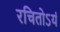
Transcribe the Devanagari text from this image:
रचितोऽयं